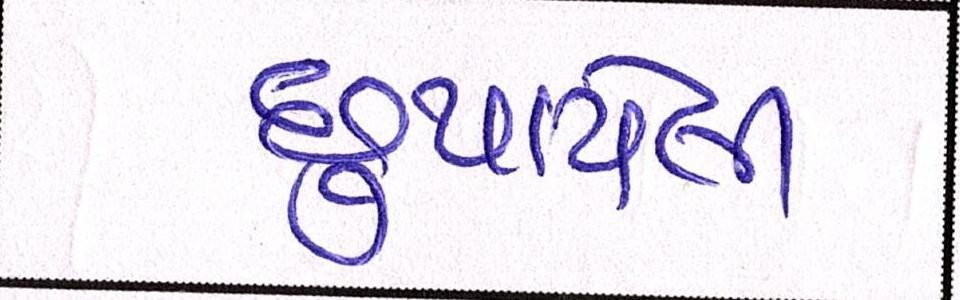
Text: છુપાયેલી